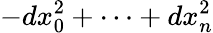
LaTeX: -dx_{0}^{2}+\dots+dx_{n}^{2}